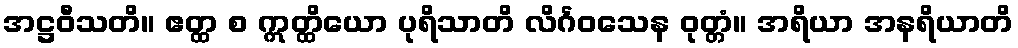
အဋ္ဌဝီသတိ။ ဧတ္ထ စ ဣတ္ထိယော ပုရိသာတိ လိင်္ဂဝသေန ဝုတ္တံ။ အရိယာ အနရိယာတိ